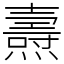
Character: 燾